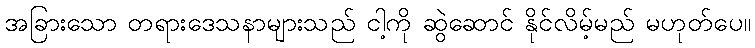
အခြားသော တရားဒေသနာများသည် ငါ့ကို ဆွဲဆောင် နိုင်လိမ့်မည် မဟုတ်ပေ။